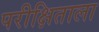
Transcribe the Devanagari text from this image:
परीक्षिताला